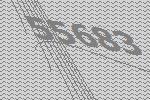
55683